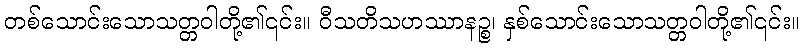
တစ်သောင်းသောသတ္တဝါတို့၏၎င်း။ ဝီသတိသဟဿာနဉ္စ၊ နှစ်သောင်းသောသတ္တဝါတို့၏၎င်း။